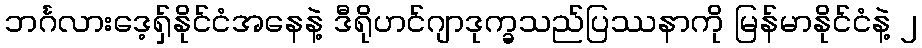
ဘင်္ဂလားဒေ့ရှ်နိုင်ငံအနေနဲ့ ဒီရိုဟင်ဂျာဒုက္ခသည်ပြဿနာကို မြန်မာနိုင်ငံနဲ့ ၂